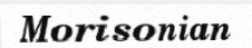
Morisonian